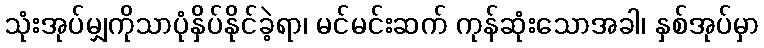
သုံးအုပ်မျှကိုသာပုံနှိပ်နိုင်ခဲ့ရာ၊ မင်မင်းဆက် ကုန်ဆုံးသောအခါ၊ နှစ်အုပ်မှာ